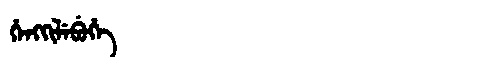
Manchu: ᡥᡝᠩᡴᡳᠯᡝᠪᡠᡥᡝ
Romanization: HENGKILEBUHE